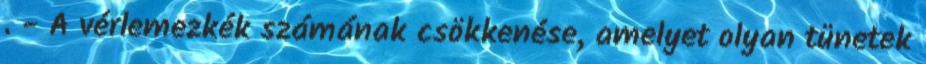
. - A vérlemezkék számának csökkenése, amelyet olyan tünetek